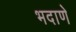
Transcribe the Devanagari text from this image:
भदाणे